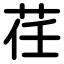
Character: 荏